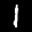
Label: 1